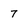
Character: 7